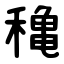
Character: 穐